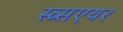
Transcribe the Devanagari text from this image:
स्व्सएयर